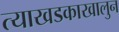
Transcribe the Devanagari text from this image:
त्याखडकाखालुन